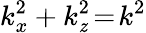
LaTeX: k_{x}^{2}+k_{\mathit{z}}^{2}\! =\! k^{2}